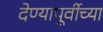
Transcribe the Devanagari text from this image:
देण्यापूर्वीच्या